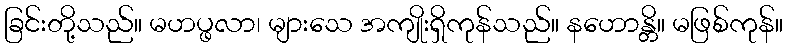
ခြင်းတို့သည်။ မဟပ္ဖလာ၊ များသေ အကျိုးရှိကုန်သည်။ နဟောန္တိ။ မဖြစ်ကုန်။